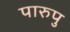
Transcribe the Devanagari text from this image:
पारुपु